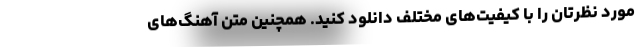
مورد نظرتان را با کیفیت‌های مختلف دانلود کنید. همچنین متن آهنگ‌های